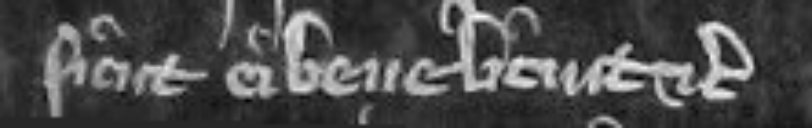
sicut ei bene licuit etc